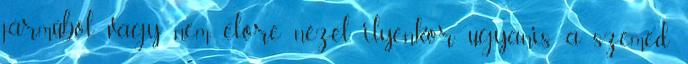
járműből, vagy nem előre nézel, ilyenkor ugyanis a szemed